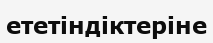
ететіндіктеріне